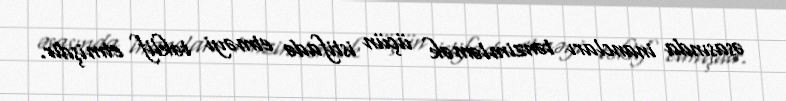
əsasında inancları tənzimləmək üçün istifadə etməyi təklif etmişdir.